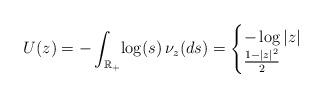
LaTeX: \begin{align*} U(z)=-\int_{\mathbb{R}_+}\!\log(s)\,\nu_z(ds) = \begin{cases} -\log|z| & \\ \frac{1-|z|^2}{2} & \end{cases} \end{align*}